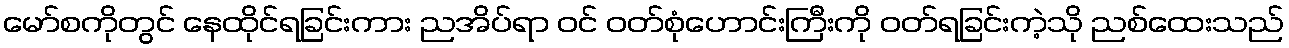
မော်စကိုတွင် နေထိုင်ရခြင်းကား ညအိပ်ရာ ဝင် ဝတ်စုံဟောင်းကြီးကို ဝတ်ရခြင်းကဲ့သို ညစ်ထေးသည်